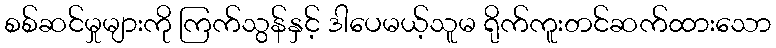
စစ်ဆင်မှုများကို ကြက်သွန်နှင့် ဒါပေမယ့်သူမ ရိုက်ကူးတင်ဆက်ထားသော